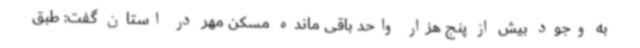
به وجود بیش از پنج هزار واحد باقی مانده مسکن مهر در استان گفت: طبق